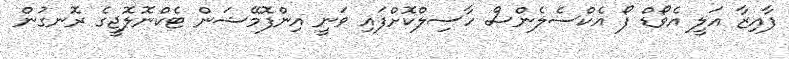
ފާއިޒާ އަލީ އެވޯޑް ފޯ އެކްސެލެންސް ހާސިލްކޮށްފައި ވަނީ އިންފޮމޭޝަން ޓެކްނޮލޮޖީގެ ރޮނގުން